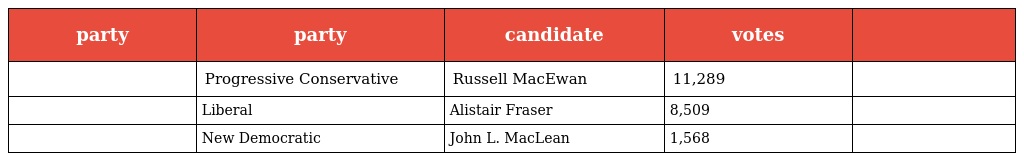
| party | party | candidate | votes |  |
 | --- | --- | --- | --- | --- |
 |  | Progressive Conservative | Russell MacEwan | 11,289 |  |
 |  | Liberal | Alistair Fraser | 8,509 |  |
 |  | New Democratic | John L. MacLean | 1,568 |  |